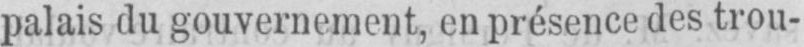
palais du gouvernement, en présence des trou-